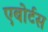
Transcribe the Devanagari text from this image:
एबोर्टस